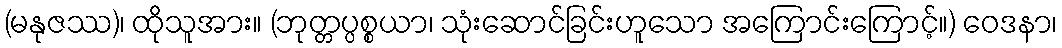
(မနုဇဿ)၊ ထိုသူအား။ (ဘုတ္တပ္ပစ္စယာ၊ သုံးဆောင်ခြင်းဟူသော အကြောင်းကြောင့်။) ဝေဒနာ၊